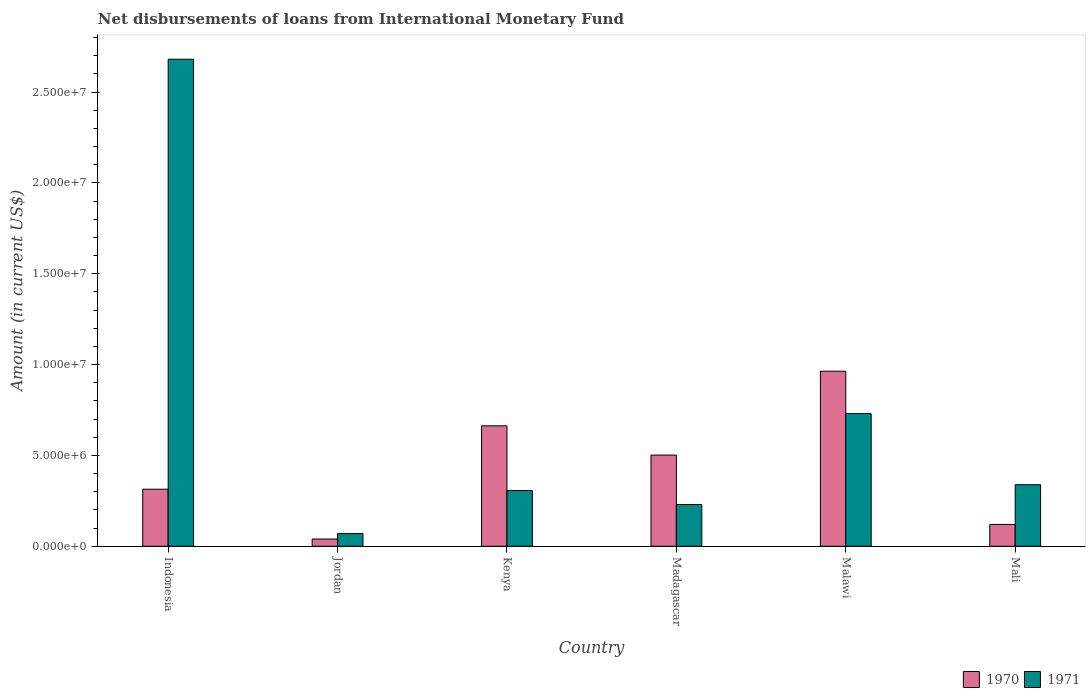
| Country | 1970 | 1971 |
 | --- | --- | --- |
 | Indonesia | 3.14e+06 | 2.68e+07 |
 | Jordan | 3.99e+05 | 6.99e+05 |
 | Kenya | 6.63e+06 | 3.07e+06 |
 | Madagascar | 5.02e+06 | 2.3e+06 |
 | Malawi | 9.64e+06 | 7.3e+06 |
 | Mali | 1.2e+06 | 3.39e+06 |